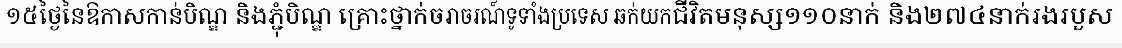
១៥ថ្ងៃនៃឱកាសកាន់បិណ្ឌ និងភ្ជុំបិណ្ឌ គ្រោះថ្នាក់ចរាចរណ៍ទូទាំងប្រទេស ឆក់យកជីវិតមនុស្ស១១០នាក់ និង២៧៤នាក់រងរបួស